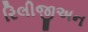
રિલીજીઅન